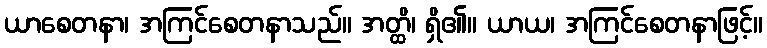
ယာစေတနာ၊ အကြင်စေတနာသည်။ အတ္ထိ၊ ရှိ၏။ ယာယ၊ အကြင်စေတနာဖြင့်။